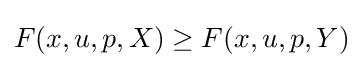
F(x,u,p,X)\geq F(x,u,p,Y)